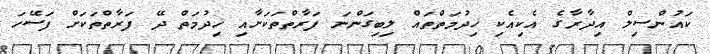
ކައުންސިލް އިދާރާގެ އެކިއެކި ޚިދުމަތްތައް ލިބިގަންނަ ފަރާތްތަކަށާއި ޚިދުމަތް ދޭ ފަރާތްތަކަށް ފަސޭހަ